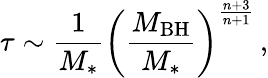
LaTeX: \tau\sim{\frac{1}{M_{*}}}\left({\frac{M_{\mathrm{BH}}}{M_{*}}}\right)^{\frac{n+3}{n+1}}\, ,